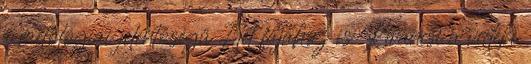
a mitológiai jelentőségű Élet fájához is Kíváncsi a vidéki